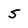
Character: 5